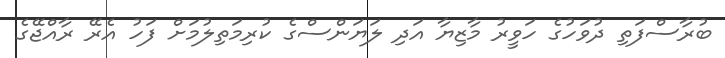
ބުރާސްފަތި ދުވަހުގެ ހަވީރު މާޒިޔާ އަދި ލަޔަންސްގެ ކުރިމަތިލުމަށް ފަހު އެރޭ ރާއްޖޭގެ